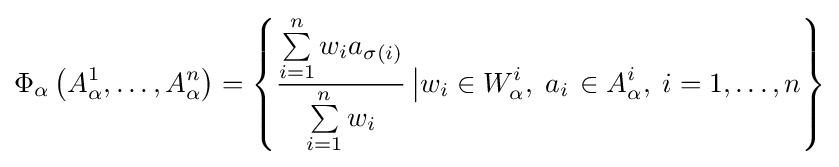
\Phi _{\alpha }\left({A_{\alpha }^{1},\ldots ,A_{\alpha }^{n}}\right)=\left\{{{\frac {\sum \limits _{i=1}^{n}{w_{i}a_{\sigma (i)}}}{\sum \limits _{i=1}^{n}{w_{i}}}}\left|{w_{i}\in W_{\alpha }^{i},\;a_{i}}\right.\in A_{\alpha }^{i},\;i=1,\ldots ,n}\right\}